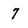
Character: 7